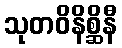
သုတဝိနိစ္ဆိနီ